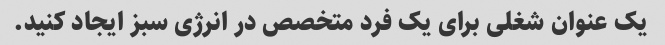
یک عنوان شغلی برای یک فرد متخصص در انرژی سبز ایجاد کنید.